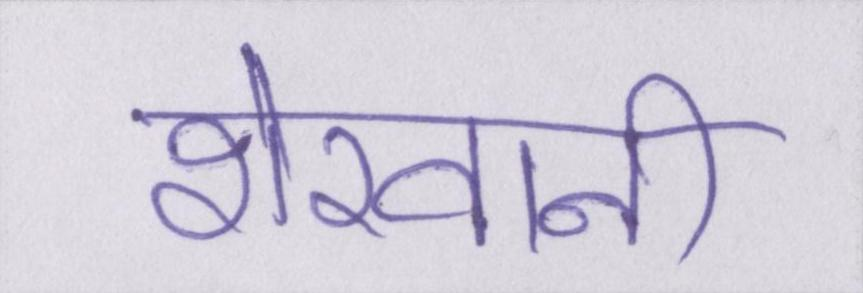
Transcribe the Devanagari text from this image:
शेरवानी